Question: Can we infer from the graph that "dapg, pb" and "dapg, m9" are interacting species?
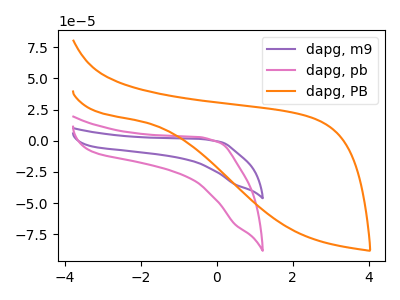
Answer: <think>The purple curve "dapg, m9" has no peaks. The pink curve "dapg, pb" has no peaks. The orange curve "dapg, PB" has no peaks.
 Neither "dapg, pb" or "dapg, m9" have any peaks.</think>
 <answer>No, "dapg, pb" and "dapg, m9" don't appear to be significantly different in shape</answer>
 <eval>no_change</eval>